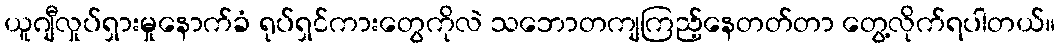
ယူဂျီလှုပ်ရှားမှုနောက်ခံ ရုပ်ရှင်ကားတွေကိုလဲ သဘောတကျကြည့်နေတတ်တာ တွေ့လိုက်ရပါတယ်။